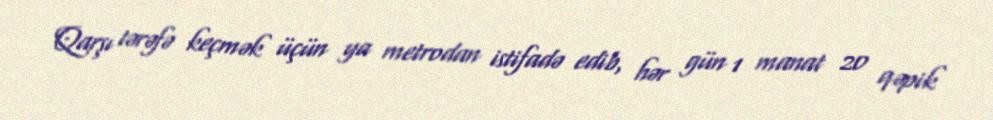
Qarşı tərəfə keçmək üçün ya metrodan istifadə edib, hər gün 1 manat 20 qəpik